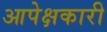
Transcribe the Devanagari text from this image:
आपेक्षकारी